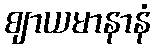
ဈာယမာနာနံ